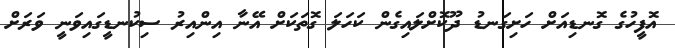
އޮފީހުގެ ގޮނޑިއަށް ހަށިގަނޑު ދޫކޮށްލައިގެން ކަހަލަ ގޮތަކަށް އޭނާ އިންއިރު ސިކުނޑީގައިވަނީ ވަރަށް